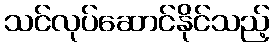
သင်လုပ်ဆောင်နိုင်သည့်